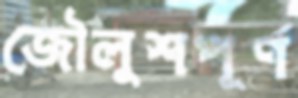
জৌলুশপূর্ণ